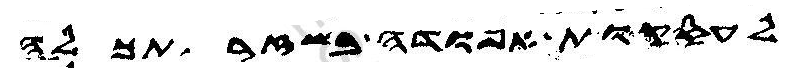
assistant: לעסקות אפודה בשזר תכלה